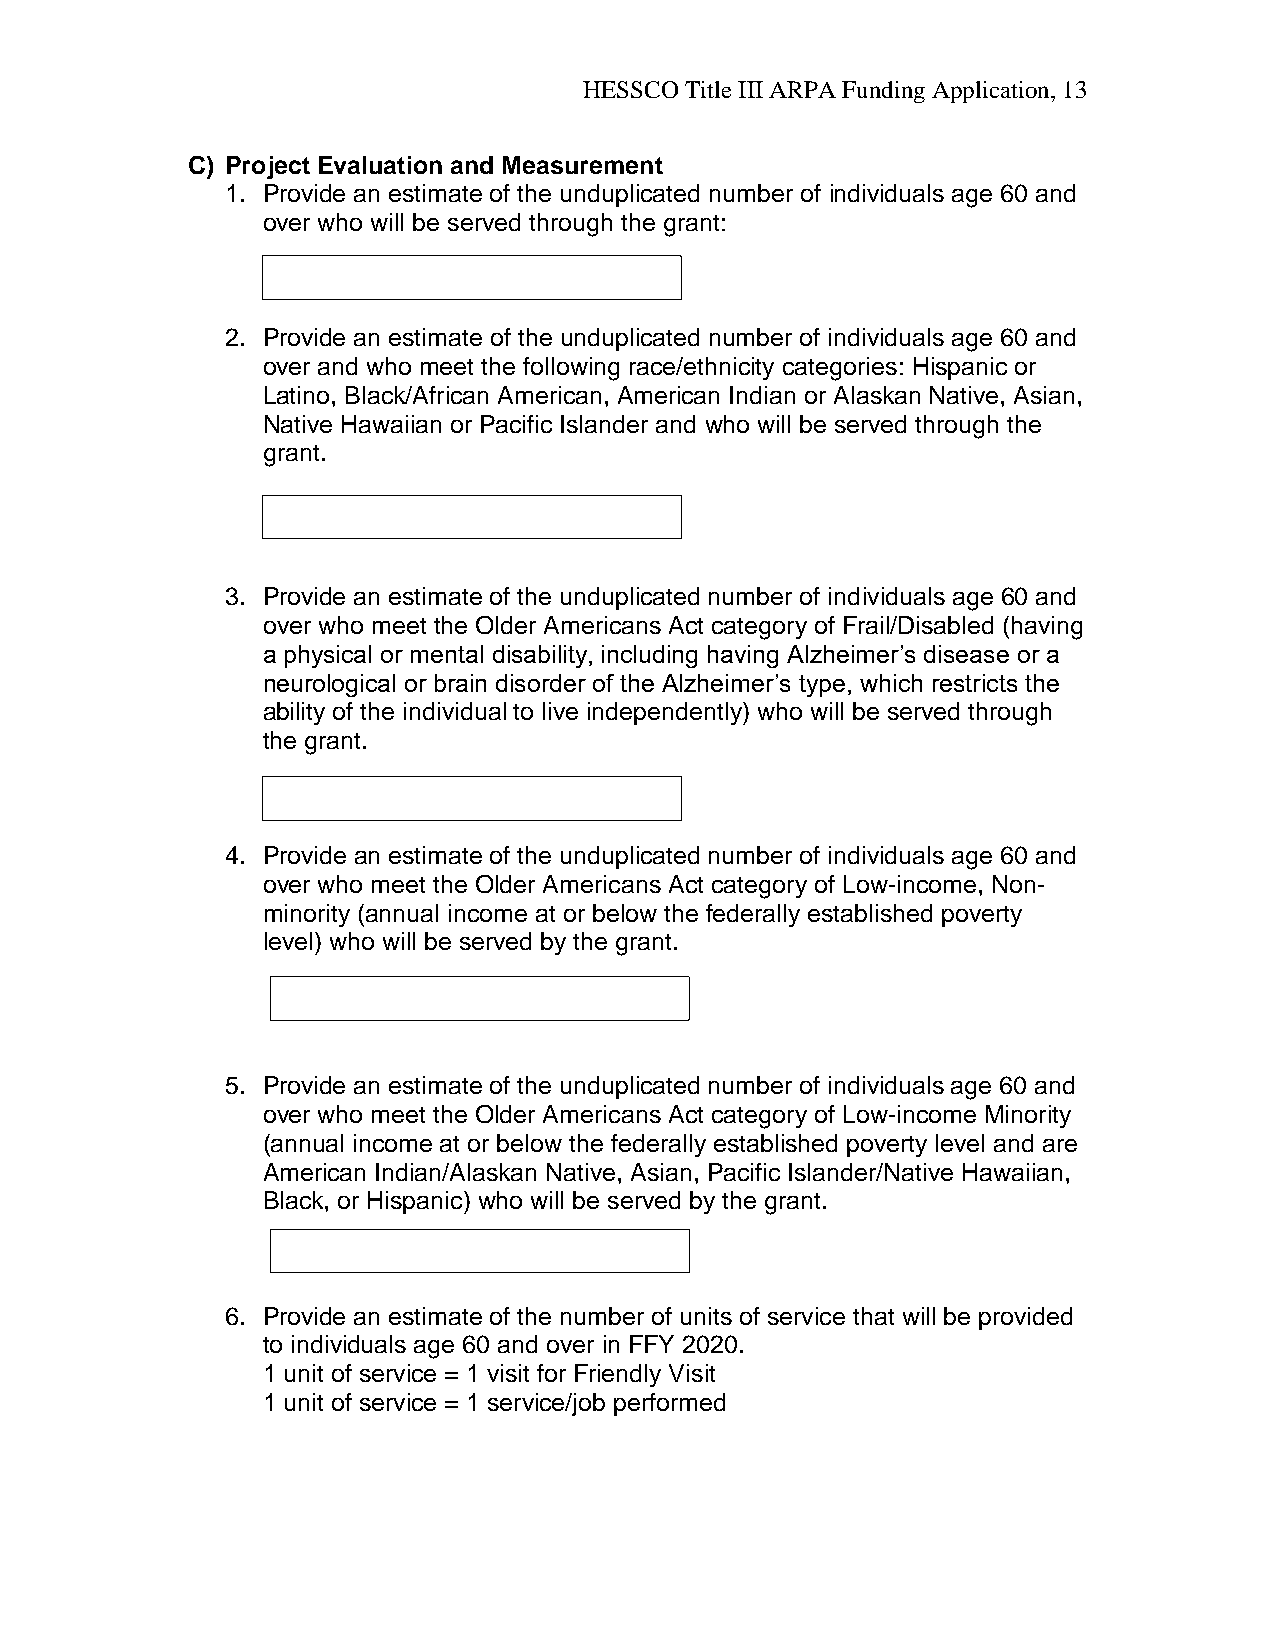
HESSCO Title III ARPA Funding Application, 13
 C) Project Evaluation and Measurement
 1. Provide an estimate of the unduplicated number of individuals age 60 and
 over who will be served through the grant:
 2. Provide an estimate of the unduplicated number of individuals age 60 and
 over and who meet the following race/ethnicity categories: Hispanic or
 Latino, Black/African American, American Indian or Alaskan Native, Asian,
 Native Hawaiian or Pacific Islander and who will be served through the
 grant.
 3. Provide an estimate of the unduplicated number of individuals age 60 and
 over who meet the Older Americans Act category of Frail/Disabled (having
 a physical or mental disability, including having Alzheimer’s disease or a
 neurological or brain disorder of the Alzheimer’s type, which restricts the
 ability of the individual to live independently) who will be served through
 the grant.
 4. Provide an estimate of the unduplicated number of individuals age 60 and
 over who meet the Older Americans Act category of Low-income, Non-
 minority (annual income at or below the federally established poverty
 level) who will be served by the grant.
 5. Provide an estimate of the unduplicated number of individuals age 60 and
 over who meet the Older Americans Act category of Low-income Minority
 (annual income at or below the federally established poverty level and are
 American Indian/Alaskan Native, Asian, Pacific Islander/Native Hawaiian,
 Black, or Hispanic) who will be served by the grant.
 6. Provide an estimate of the number of units of service that will be provided
 to individuals age 60 and over in FFY 2020.
 1 unit of service = 1 visit for Friendly Visit
 1 unit of service = 1 service/job performed